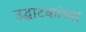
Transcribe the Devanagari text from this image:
उद्घाटकांच्या